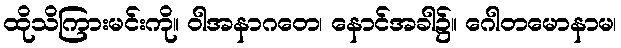
ထိုသိကြားမင်းကို။ ဝါအနာဂတေ၊ နောင်အခါ၌။ ဂေါတမောနာမ၊